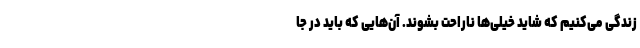
زندگی می‌کنیم که شاید خیلی‌ها ناراحت بشوند. آن‌هایی که باید در جا